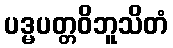
ပဒ္မပတ္တဝိဘူသိတံ